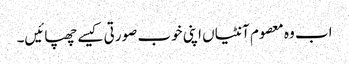
اب وہ معصوم آنٹیاں اپنی خوب صورتی کیسے چھپائیں۔